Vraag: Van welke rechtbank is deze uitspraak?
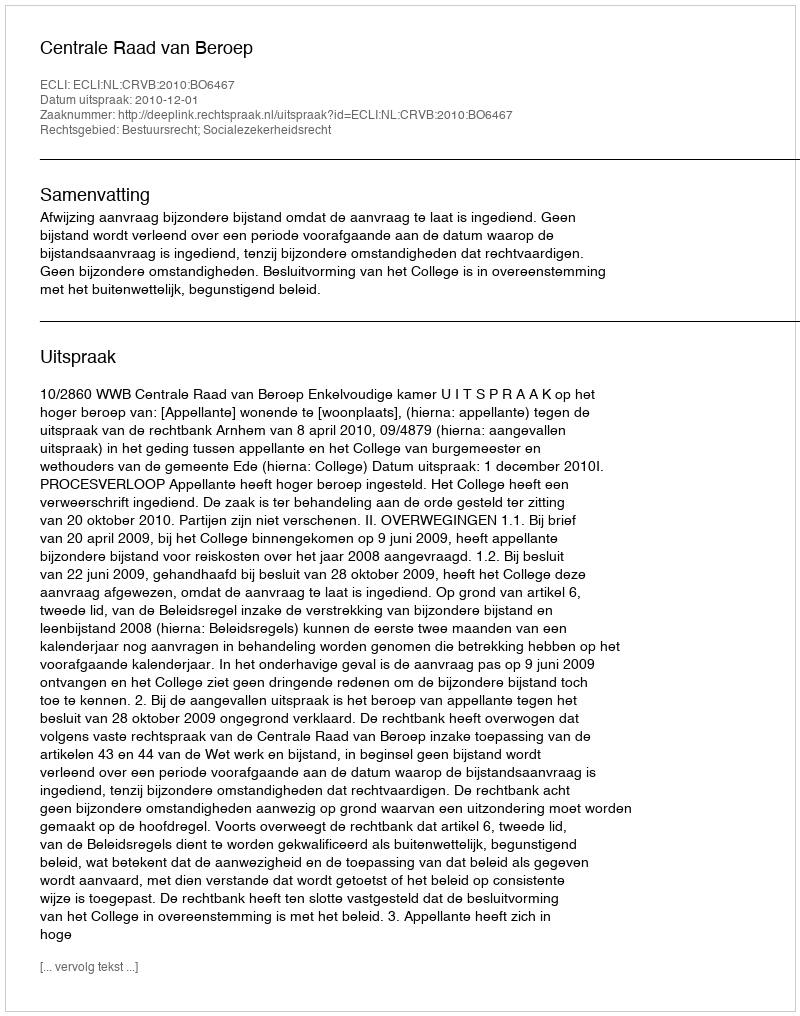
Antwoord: Centrale Raad van Beroep